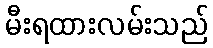
မီးရထားလမ်းသည်